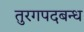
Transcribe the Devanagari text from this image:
तुरगपदबन्ध